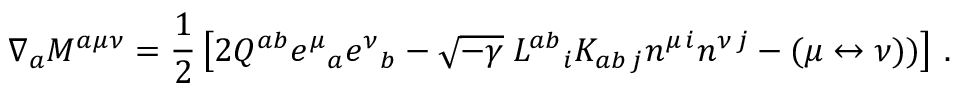
\nabla _ { a } { \cal M } ^ { a \mu \nu } = { \frac { 1 } { 2 } } \left[ 2 { \cal Q } ^ { a b } e ^ { \mu } { } _ { a } e ^ { \nu } { } _ { b } - \sqrt { - \gamma } \; L ^ { a b } { } _ { i } K _ { a b \, j } n ^ { \mu \, i } n ^ { \nu \, j } - ( \mu \leftrightarrow \nu ) ) \right] \, .